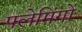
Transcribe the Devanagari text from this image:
फ्लेमिंगों